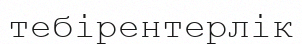
тебірентерлік